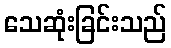
သေဆုံးခြင်းသည်